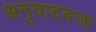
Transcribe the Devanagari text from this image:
अनुवादवजा